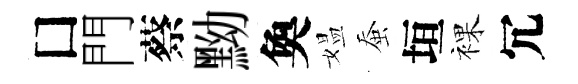
□門蔡黝奐媪蚕垣裸冗